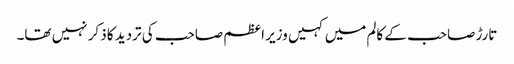
تارڑ صاحب کے کالم میں کہیں وزیر اعظم صاحب کی تردید کا ذکر نہیں تھا۔